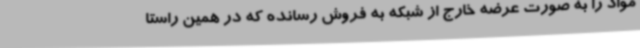
مواد را به صورت عرضه خارج از شبکه به فروش رسانده که در همین راستا